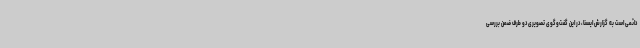
دائمی است به گزارش ایسنا، در این گفت‌وگوی تصویری دو طرف ضمن بررسی